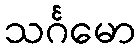
သင်္ဂမော